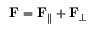
\mathbf { F } = \mathbf { F } _ { \parallel } + \mathbf { F } _ { \perp }